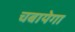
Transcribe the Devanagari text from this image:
चबायेगा